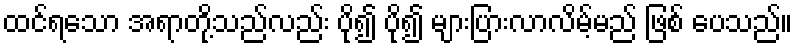
ထင်ရသော အရာတို့သည်လည်း ပို၍ ပို၍ များပြားလာလိမ့်မည် ဖြစ် ပေသည်။